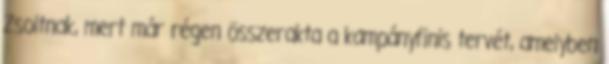
Zsoltnak, mert már régen összerakta a kampányfinis tervét, amelyben